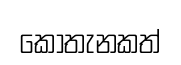
කොතැනකත්